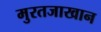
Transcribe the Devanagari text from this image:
मुरतजाखान